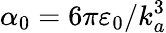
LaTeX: \alpha_{0}=6\pi\varepsilon_{0}/k_{a}^{3}